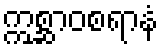
ဣစ္ဆာဝစရာနံ